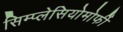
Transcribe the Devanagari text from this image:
सिम्प्लेसियोमोर्फी